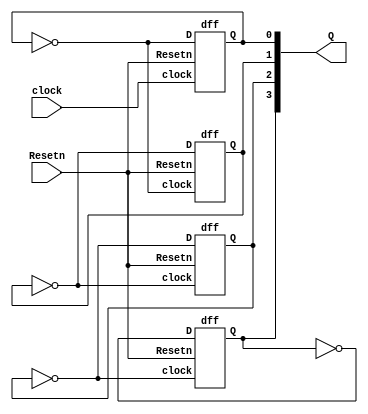
module auc(clock,Resetn,Q);
input clock,Resetn;
output [3:0]Q;
dff s0(~Q[0],clock,Resetn,Q[0]);
dff s1(~Q[1],~Q[0],Resetn,Q[1]);
dff s2(~Q[2],~Q[1],Resetn,Q[2]);
dff s3(~Q[3],~Q[2],Resetn,Q[3]);
endmodule

module dff(D,clock,Resetn,Q);
input D,clock,Resetn;
output reg Q;
always @ (posedge clock or negedge Resetn)
begin
if(!Resetn)
	Q <= 0;
else
	Q <= D;
end
endmodule